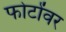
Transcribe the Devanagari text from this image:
फोटोंवर